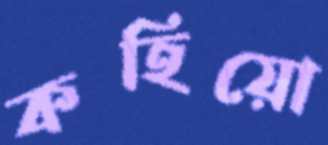
কহিয়ো